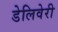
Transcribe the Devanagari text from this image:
डेलिवेरी